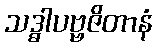
သဒ္ဓါပဗ္ဗဇိတာနံ